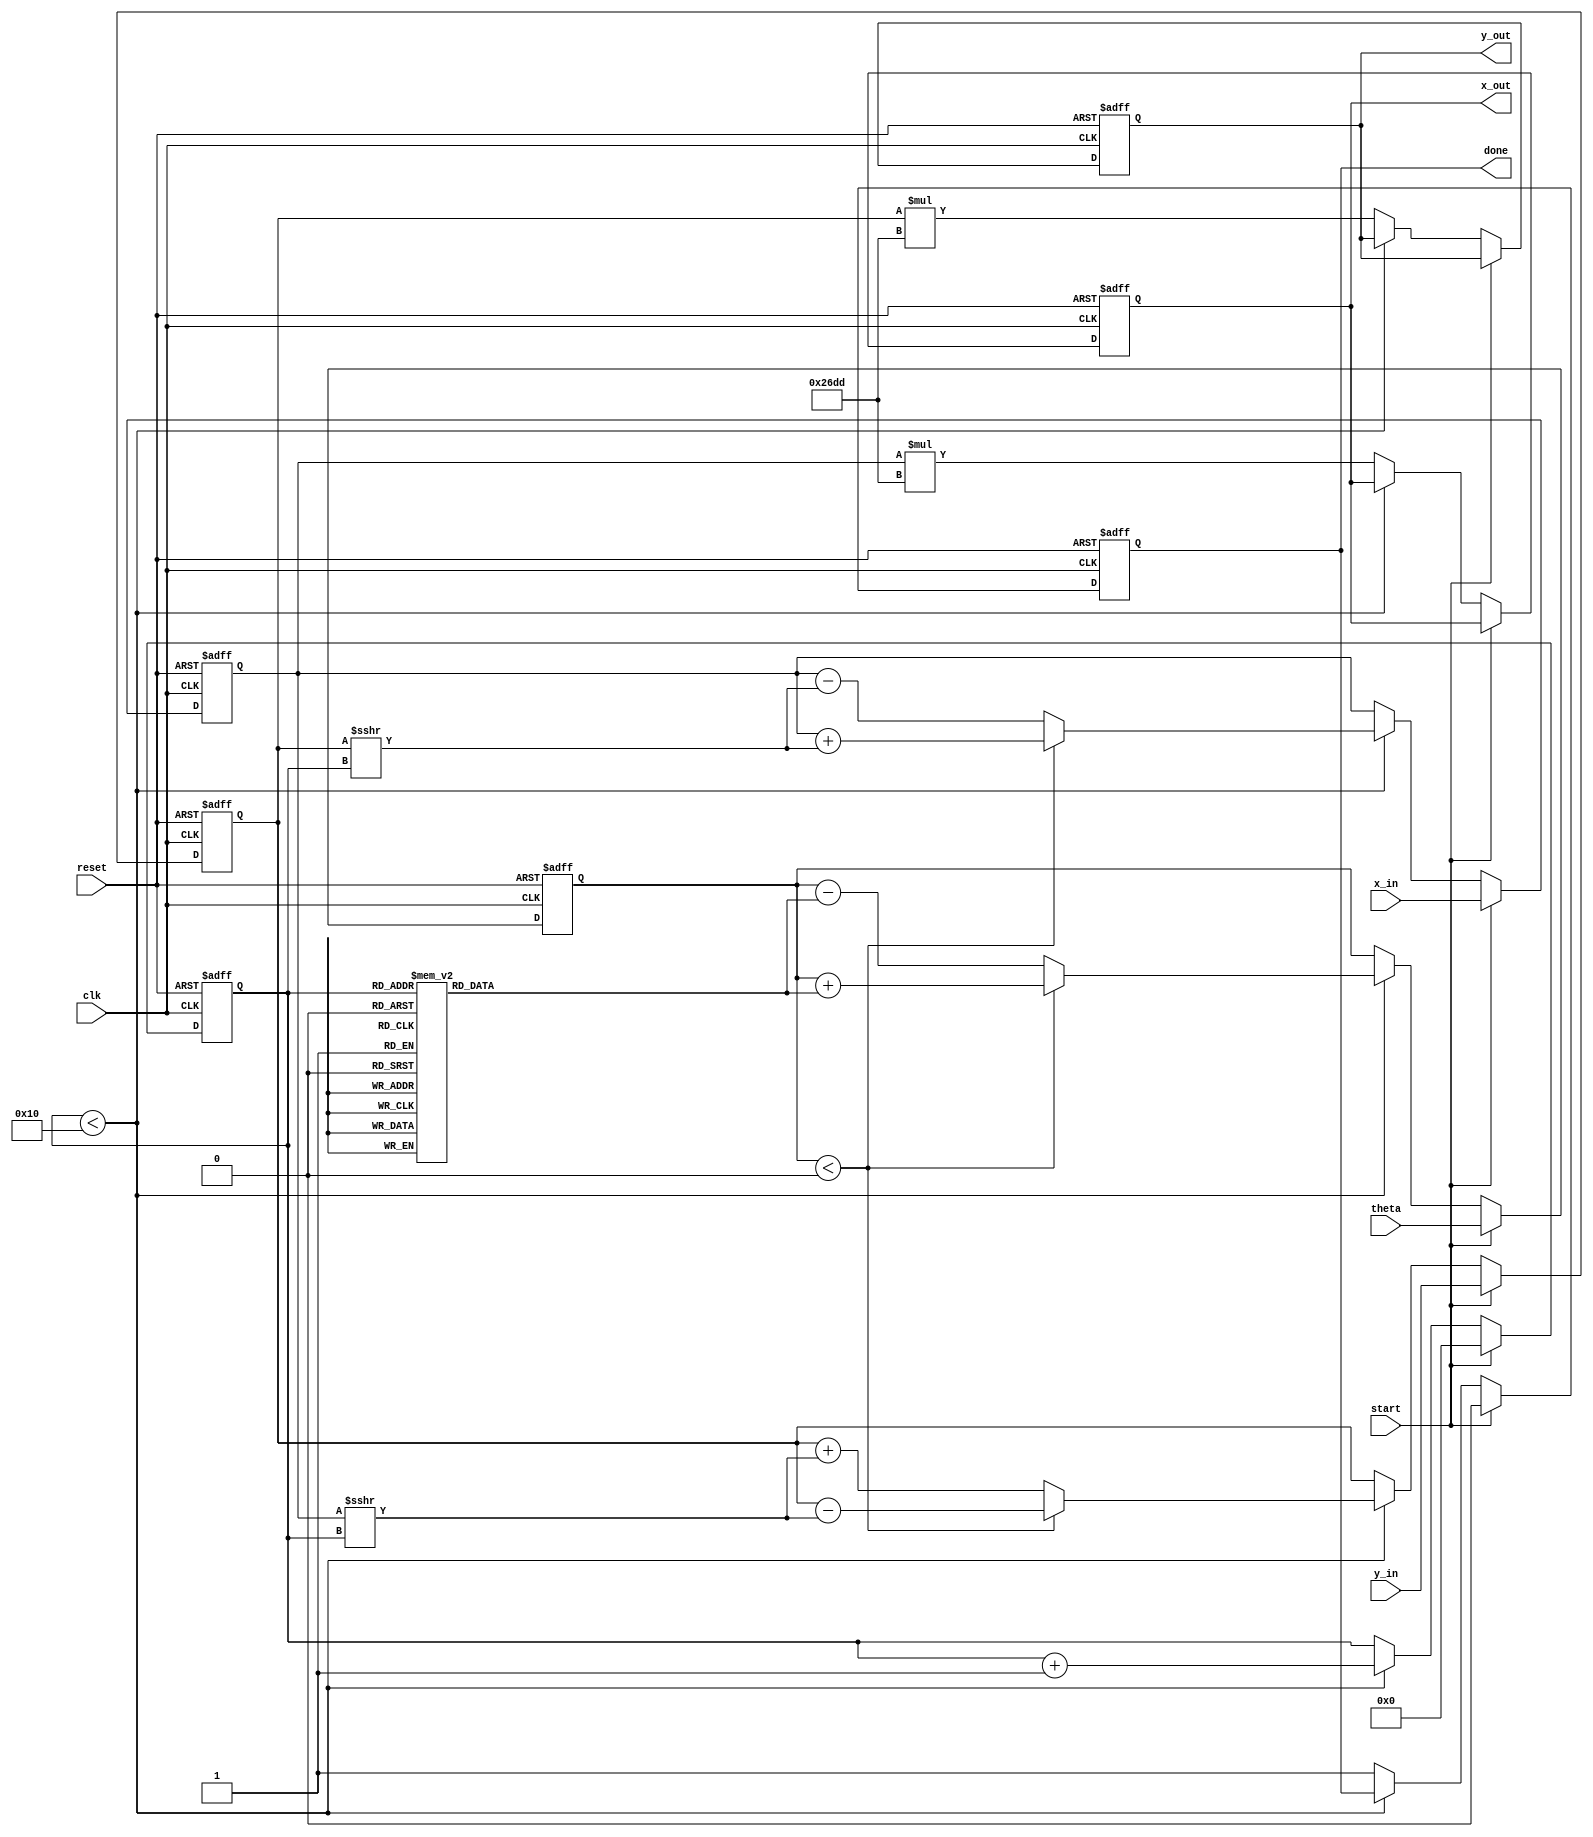
module modified_cordic (
    input wire clk,
    input wire reset,
    input wire start,
    input wire signed [15:0] theta, // Input angle in fixed-point format
    input wire signed [15:0] x_in,   // Initial X vector
    input wire signed [15:0] y_in,   // Initial Y vector
    output reg signed [15:0] x_out,  // Output X vector
    output reg signed [15:0] y_out,  // Output Y vector
    output reg done                 // Operation complete signal
);

    // Parameters
    parameter NUM_ITERATIONS = 16; // Number of iterations
    parameter K = 16'h26DD;         // Scaling factor (K = 1/sqrt(1 + 2^(-2n)))

    // Rotation table (atan values in fixed-point format)
    reg signed [15:0] atan_table [0:NUM_ITERATIONS-1];
    initial begin
        atan_table[0] = 16'h2000; // atan(2^0) = 0.5
        atan_table[1] = 16'h1333; // atan(2^-1) = 0.3333
        atan_table[2] = 16'h0A3D; // atan(2^-2) = 0.25
        atan_table[3] = 16'h0524; // atan(2^-3) = 0.125
        // Fill in the rest of the atan values...
    end

    // State variables
    reg [3:0] iteration;
    reg signed [15:0] x, y;
    reg signed [15:0] z; // Angle accumulator

    // Control logic
    always @(posedge clk or posedge reset) begin
        if (reset) begin
            x <= 0;
            y <= 0;
            z <= 0;
            iteration <= 0;
            done <= 0;
            x_out <= 0;
            y_out <= 0;
        end else if (start) begin
            // Initialize inputs
            x <= x_in;
            y <= y_in;
            z <= theta;
            iteration <= 0;
            done <= 0;
        end else if (iteration < NUM_ITERATIONS) begin
            // CORDIC rotation logic
            if (z < 0) begin
                // Rotate clockwise
                x <= x + (y >>> iteration);
                y <= y - (x >>> iteration);
                z <= z + atan_table[iteration];
            end else begin
                // Rotate counter-clockwise
                x <= x - (y >>> iteration);
                y <= y + (x >>> iteration);
                z <= z - atan_table[iteration];
            end
            iteration <= iteration + 1;
        end else begin
            // Final output
            x_out <= x * K; // Apply scaling factor
            y_out <= y * K; // Apply scaling factor
            done <= 1; // Indicate completion
        end
    end
endmodule